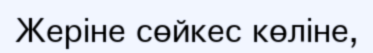
Жеріне сөйкес көліне,